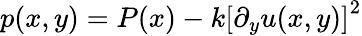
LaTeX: p(x,y)=P(x)-k{[\partial_{y}u(x,y)]}^{2}